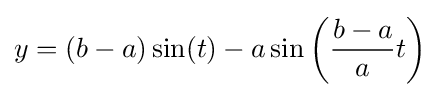
y=(b-a)\sin(t)-a\sin \left({\frac {b-a}{a}}t\right)